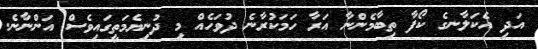
އަދި އެކަލާނގެ ކޯފާ ތިބާމެންނާ އަރާ ހަމަކުރާނެ ދުވަހެއް މި ދުނިޔެމަތީގައިވެސް އަންނާނެ.